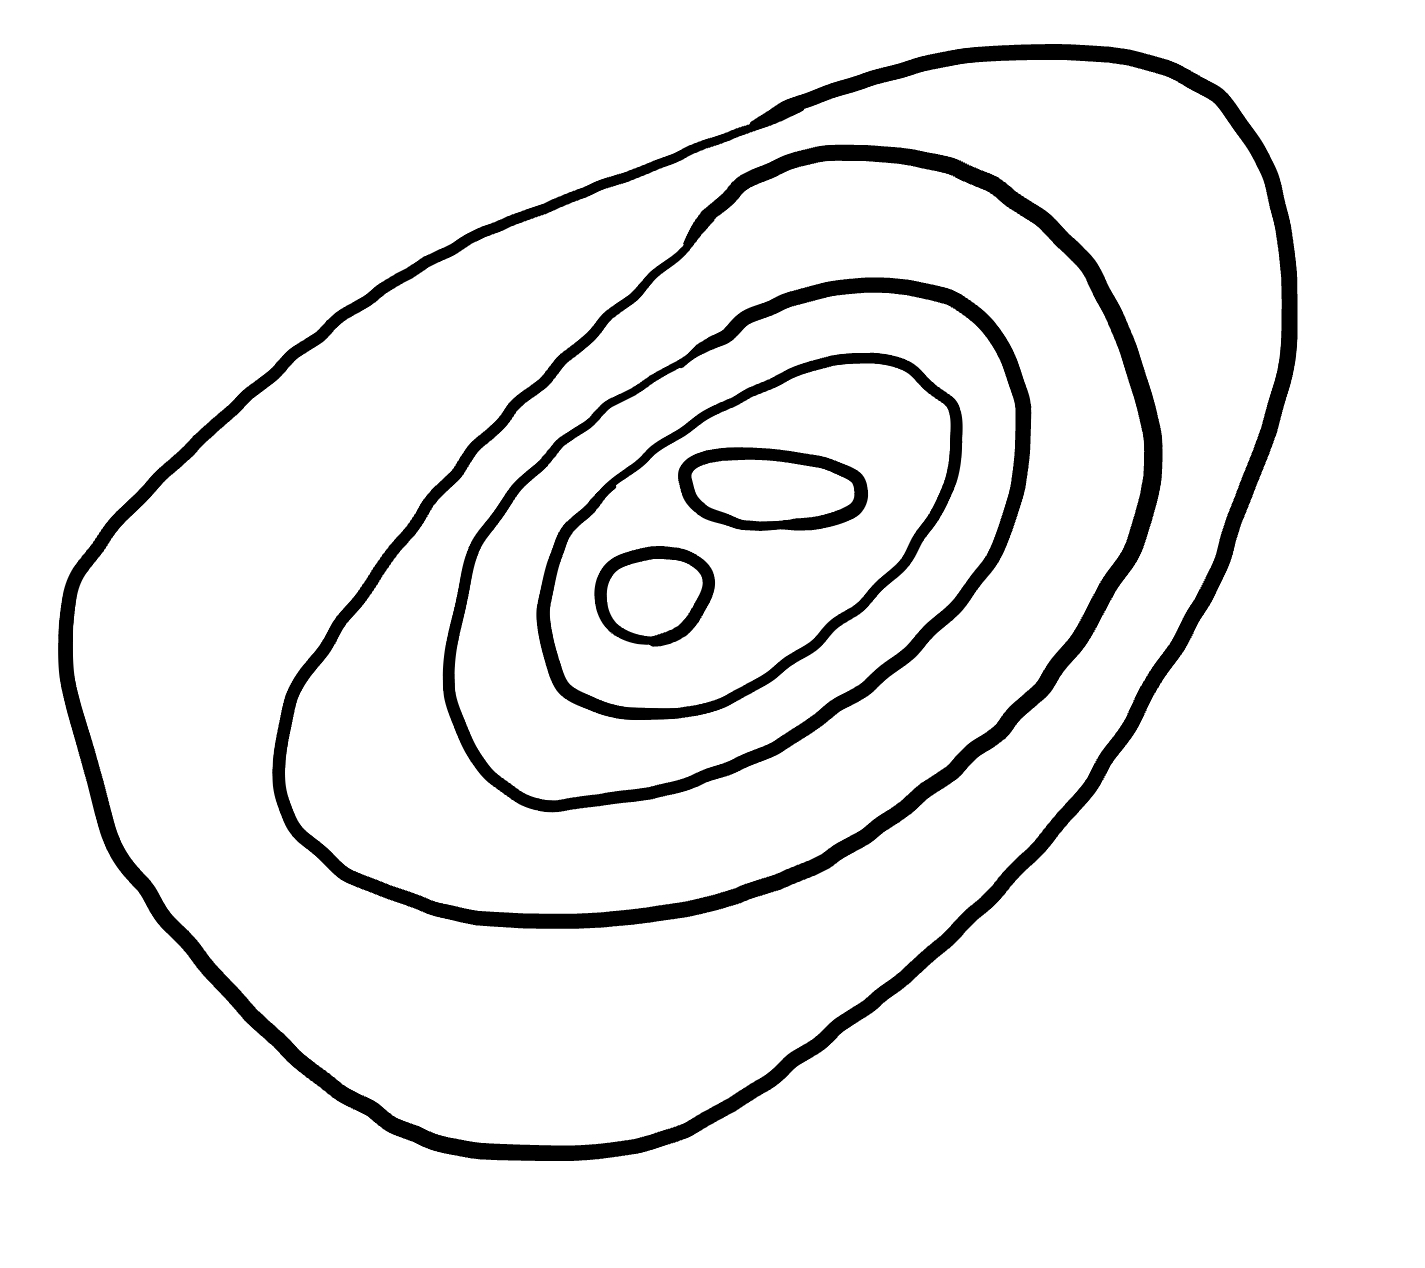
Number of regions (including the outer root region): 7
Containment tree edges (parent, child): 0, 1, 1, 2, 2, 3, 3, 4, 4, 5, 4, 6